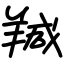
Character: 羬